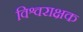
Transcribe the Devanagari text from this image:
विश्वराक्षक